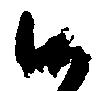
候